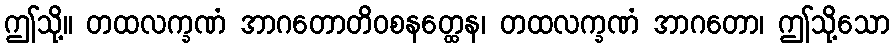
ဤသို့။ တထလက္ခဏံ အာဂတောတိဝစနတ္ထေန၊ တထလက္ခဏံ အာဂတော၊ ဤသို့သော